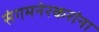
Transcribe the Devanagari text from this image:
संगमनेरकरांना